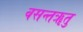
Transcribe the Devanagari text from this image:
वसन्तॠतु